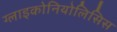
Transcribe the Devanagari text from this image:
ग्लाइकोनियोलिसिस